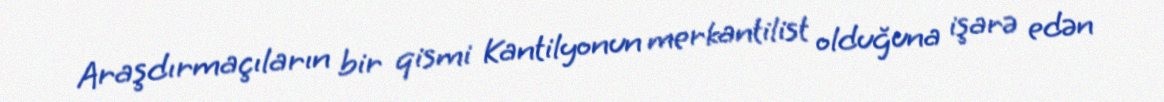
Araşdırmaçıların bir qismi Kantilyonun merkantilist olduğuna işarə edən